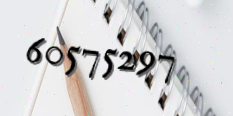
60575297